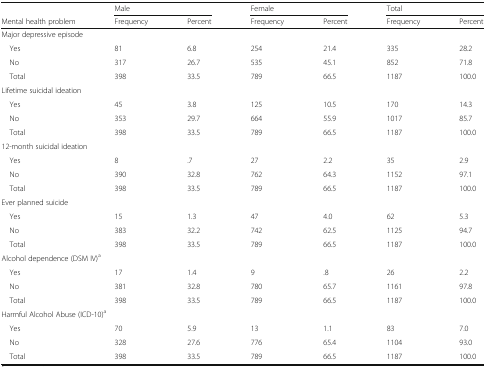
<table><thead><tr><td></td><td colspan="2"><b>Male</b></td><td colspan="2"><b>Female</b></td><td colspan="2"><b>Total</b></td></tr><tr><td><b>Mental health problem</b></td><td><b>Frequency</b></td><td><b>Percent</b></td><td><b>Frequency</b></td><td><b>Percent</b></td><td><b>Frequency</b></td><td><b>Percent</b></td></tr></thead><tbody><tr><td colspan="7">Major depressive episode</td></tr><tr><td> Yes</td><td>81</td><td>6.8</td><td>254</td><td>21.4</td><td>335</td><td>28.2</td></tr><tr><td> No</td><td>317</td><td>26.7</td><td>535</td><td>45.1</td><td>852</td><td>71.8</td></tr><tr><td> Total</td><td>398</td><td>33.5</td><td>789</td><td>66.5</td><td>1187</td><td>100.0</td></tr><tr><td colspan="7">Lifetime suicidal ideation</td></tr><tr><td> Yes</td><td>45</td><td>3.8</td><td>125</td><td>10.5</td><td>170</td><td>14.3</td></tr><tr><td> No</td><td>353</td><td>29.7</td><td>664</td><td>55.9</td><td>1017</td><td>85.7</td></tr><tr><td> Total</td><td>398</td><td>33.5</td><td>789</td><td>66.5</td><td>1187</td><td>100.0</td></tr><tr><td colspan="7">12-month suicidal ideation</td></tr><tr><td> Yes</td><td>8</td><td>.7</td><td>27</td><td>2.2</td><td>35</td><td>2.9</td></tr><tr><td> No</td><td>390</td><td>32.8</td><td>762</td><td>64.3</td><td>1152</td><td>97.1</td></tr><tr><td> Total</td><td>398</td><td>33.5</td><td>789</td><td>66.5</td><td>1187</td><td>100.0</td></tr><tr><td colspan="7">Ever planned suicide</td></tr><tr><td> Yes</td><td>15</td><td>1.3</td><td>47</td><td>4.0</td><td>62</td><td>5.3</td></tr><tr><td> No</td><td>383</td><td>32.2</td><td>742</td><td>62.5</td><td>1125</td><td>94.7</td></tr><tr><td> Total</td><td>398</td><td>33.5</td><td>789</td><td>66.5</td><td>1187</td><td>100.0</td></tr><tr><td colspan="7">Alcohol dependence (DSM IV)<sup>a</sup></td></tr><tr><td> Yes</td><td>17</td><td>1.4</td><td>9</td><td>.8</td><td>26</td><td>2.2</td></tr><tr><td> No</td><td>381</td><td>32.8</td><td>780</td><td>65.7</td><td>1161</td><td>97.8</td></tr><tr><td> Total</td><td>398</td><td>33.5</td><td>789</td><td>66.5</td><td>1187</td><td>100.0</td></tr><tr><td colspan="7">Harmful Alcohol Abuse (ICD-10)<sup>a</sup></td></tr><tr><td> Yes</td><td>70</td><td>5.9</td><td>13</td><td>1.1</td><td>83</td><td>7.0</td></tr><tr><td> No</td><td>328</td><td>27.6</td><td>776</td><td>65.4</td><td>1104</td><td>93.0</td></tr><tr><td> Total</td><td>398</td><td>33.5</td><td>789</td><td>66.5</td><td>1187</td><td>100.0</td></tr></tbody></table>